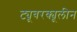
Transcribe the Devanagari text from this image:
ट्यूबरक्यूलीन